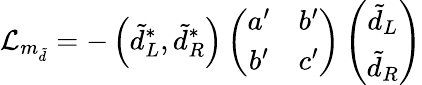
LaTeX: {\cal L}_{m_{\tilde{d}}}=-\left(\tilde{d}_{L}^{\ast},\tilde{d}_{R}^{\ast}\right)\left(\begin{array}{cc}{{a^{\prime}}}&{{b^{\prime}}}\\ {{b^{\prime}}}&{{c^{\prime}}}\end{array}\right)\left(\begin{array}{c}{{\tilde{d}_{L}}}\\ {{\tilde{d}_{R}}}\end{array}\right)